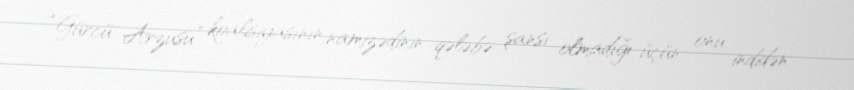
“Gürcü Arzusu” koalisiyasının namizədinin qələbə şansı olmadığı üçün onu indidən